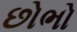
છોભો